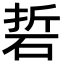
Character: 硩